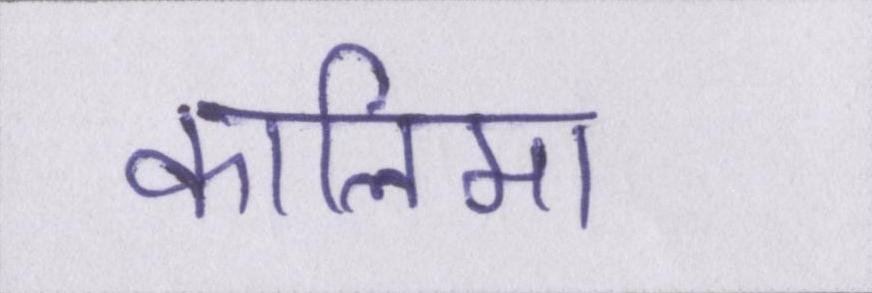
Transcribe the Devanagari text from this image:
कालिमा